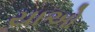
યાઓ